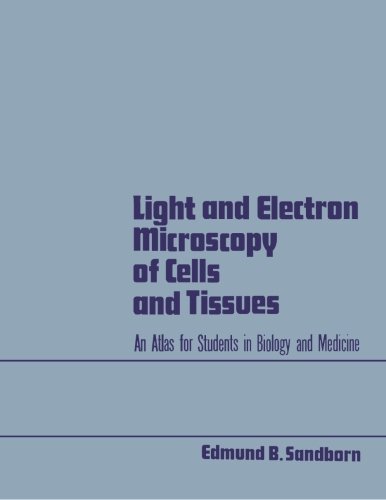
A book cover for Light and Electron Microscopy of Cells and Tissues: An Atlas for Students in Biology and Medicine; Edmund B. Sandborn; Science & Math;